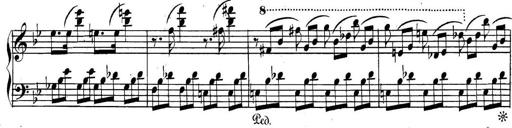
Title: Collected Piano Sonatas
Composer: Muzio Clementi